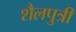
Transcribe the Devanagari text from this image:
शैलपुत्रीं